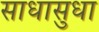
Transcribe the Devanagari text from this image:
साधासुधा